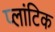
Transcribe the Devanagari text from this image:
प्लांटिक